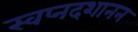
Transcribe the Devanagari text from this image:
स्वप्नदशानन